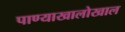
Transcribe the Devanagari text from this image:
पाण्याखालोखाल